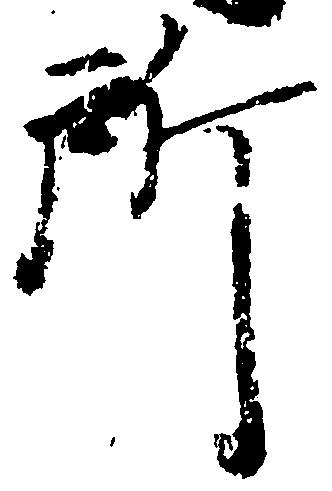
所